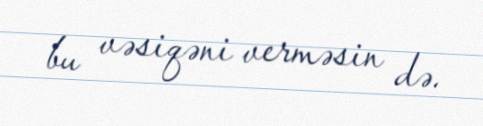
bu vəsiqəni verməsin də.